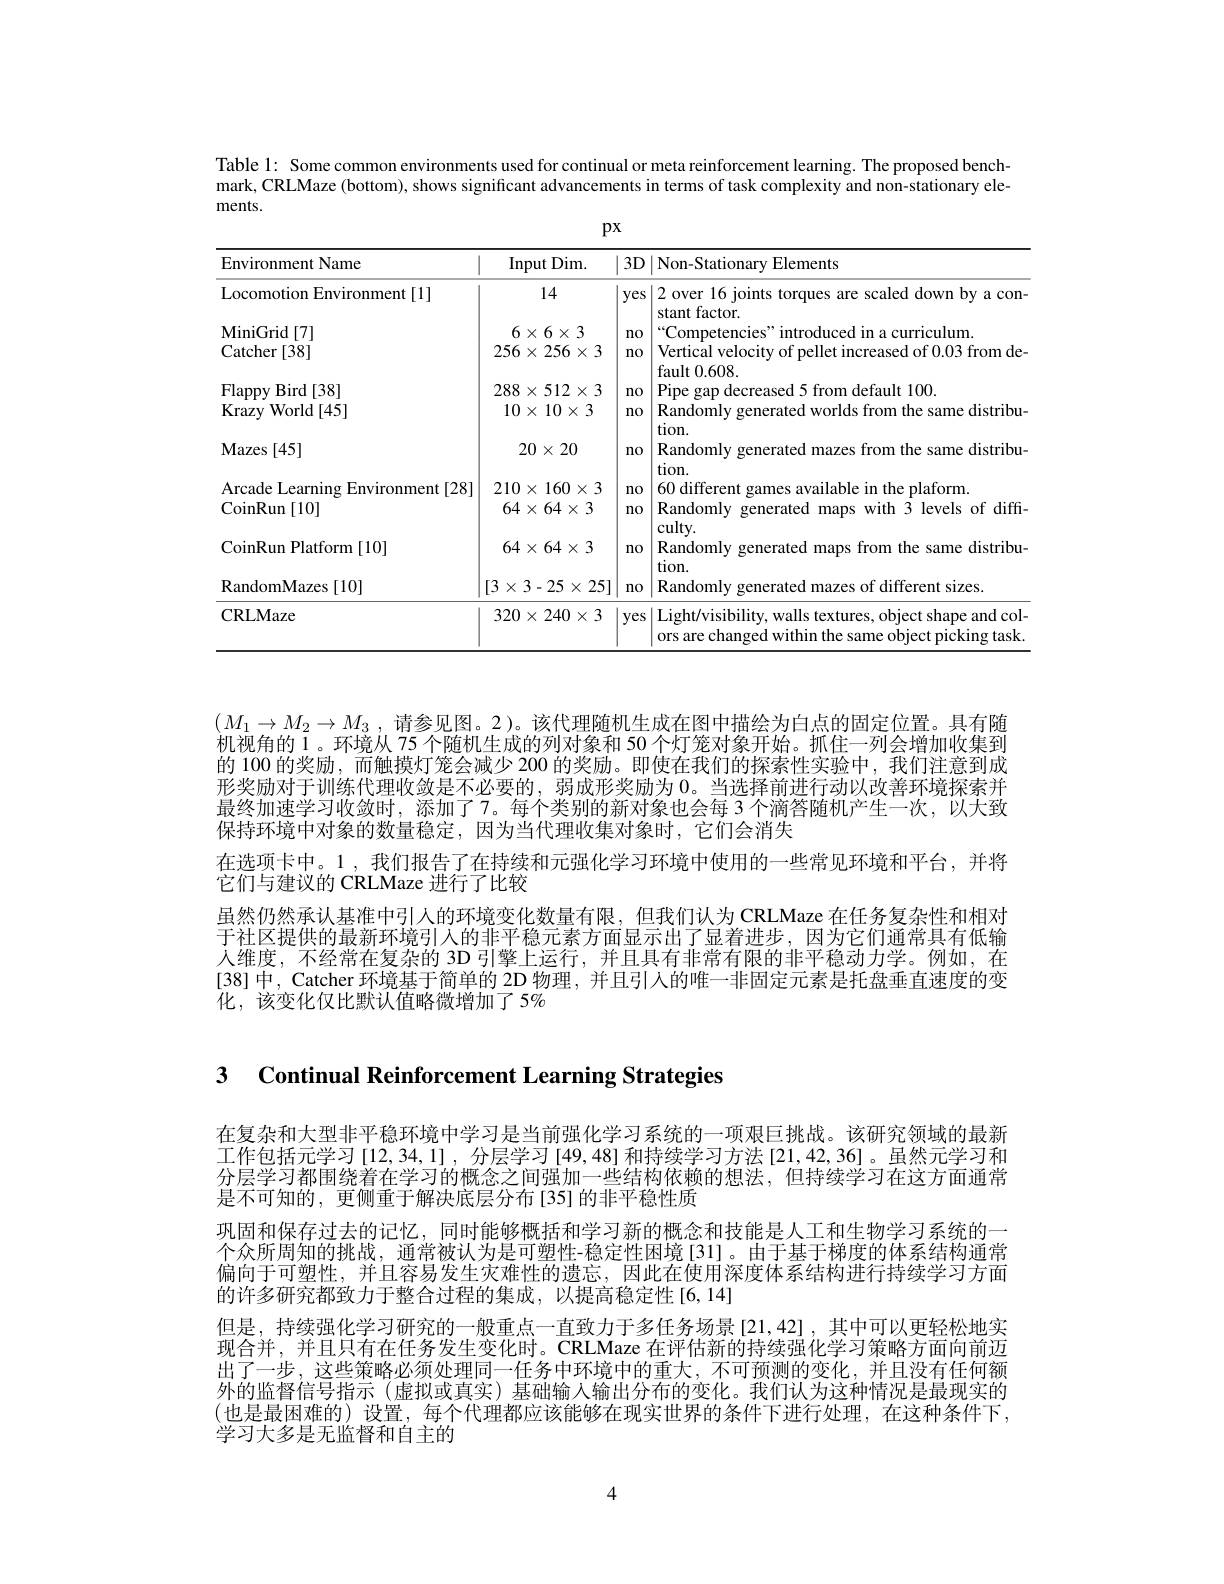
Table 1: Some common environments used for continual or meta reinforcement learning. The proposed benchmark, CRLMaze (bottom), shows significant advancements in terms of task complexity and non-stationary elements.

$px$

<table>
	<tbody>
		<tr>
			<th>Environment Name</th>
			<th>$\operatorname{Input}$Dim.</th>
			<th>$3D$ 1</th>
			<th>|Non-Stationary Elements</th>
		</tr>
		<tr>
			<td>Locomotion Environment[1]</td>
			<td>14</td>
			<td>1 yes</td>
			<td>2 over 16 joints torques are scaled down by a con</td>
		</tr>
		<tr>
			<td>MiniGrid[7]</td>
			<td>$6\times6\times3$</td>
			<td>$n0$</td>
			<td>$“$Competencies" introduced in a curriculum</td>
		</tr>
		<tr>
			<td>$\operatorname{Catcher}[38]$</td>
			<td>$256\times256\times3$</td>
			<td>$n0$</td>
			<td>Vertical velocity of pellet increased of 0.03 from de</td>
		</tr>
		<tr>
			<td>Flappy Bird[38]</td>
			<td>$288\times512\times3$</td>
			<td>$n0$</td>
			<td>Pipe gap decreased d5 from default 100.</td>
		</tr>
		<tr>
			<td>Krazy World [ 45] </td>
			<td>$10\times10\times3$</td>
			<td>$n0$</td>
			<td>Randomly generated worlds from the same distribu</td>
		</tr>
		<tr>
			<td>Mazes [ 45] </td>
			<td>$20\times20$</td>
			<td>$n0$</td>
			<td>Randomly generated mazes from the same distribu</td>
		</tr>
		<tr>
			<td>Arcade Learning Environment[28] $\operatorname{CoinRun}[10]$</td>
			<td>$210\times160\times3$ $64\times64\times3$</td>
			<td>$n0$ $n0$</td>
			<td>60 different games available in the plaform. Randomly generated maps with 3 levels of diffi</td>
		</tr>
		<tr>
			<td>CoinRun Platform [ 10] </td>
			<td>$64\times64\times3$</td>
			<td>$n0$</td>
			<td>Randomly generated maps from the same distribu tion</td>
		</tr>
		<tr>
			<td>${\mathrm{RandomMazes~[10]}}$</td>
			<td>$[3\times3-25\times25]$</td>
			<td>$n0$</td>
			<td>Randomly generated mazes of different sizes</td>
		</tr>
		<tr>
			<td>CRLMaze</td>
			<td>$320\times240\times3$</td>
			<td>yes</td>
			<td>Light/visibility, walls textures, object shape and col- ors are changed within the same object picking task</td>
		</tr>
	</tbody>
</table>

$(M_1\to M_2\to M_3$,请参见图。2)。该代理随机生成在图中描绘为白点的固定位置。具有随机视角的 1。环境从 75 个随机生成的列对象和 50 个灯笼对象开始。抓住一列会增加收集到的 100 的奖励，而触摸灯笼会减少 200 的奖励。即使在我们的探索性实验中，我们注意到成形奖励对于训练代理收敛是不必要的，弱成形奖励为0。当选择前进行动以改善环境探索并最终加速学习收敛时，添加了7。每个类别的新对象也会每 3 个滴答随机产生一次，以大致保持环境中对象的数量稳定，因为当代理收集对象时，它们会消失
在选项卡中。1 , 我们报告了在持续和元强化学习环境中使用的一些常见环境和平台，并将
它们与建议的 CRLMaze 进行了比较
虽然仍然承认基准中引人的环境变化数量有限，但我们认为 CRLMaze 在任务复杂性和相对于社区提供的最新环境引人的非平稳元素方面显示出了显着进步，因为它们通常具有低输人维度，不经常在复杂的 3D 引擎上运行，并且具有非常有限的非平稳动力学。例如，在[38] 中，Catcher 环境基于简单的 2D 物理，并且引入的唯一非固定元素是托盘垂直速度的变化，该变化仅比默认值略微增加了5%

3 Continual Reinforcement Learning Strategies

在复杂和大型非平稳环境中学习是当前强化学习系统的一项艰巨挑战。该研究领域的最新工作包括元学习[12,34,1],分层学习[49,48]和持续学习方法[21,42,36]。虽然元学习和分层学习都围绕着在学习的概念之间强加一些结构依赖的想法，但持续学习在这方面通常是不可知的，更侧重于解决底层分布[35]的非平稳性质
巩固和保存过去的记忆，同时能够概括和学习新的概念和技能是人工和生物学习系统的一个众所周知的挑战，通常被认为是可塑性-稳定性困境[31]。由于基于梯度的体系结构通常偏向于可塑性，并且容易发生灾难性的遗忘，因此在使用深度体系结构进行持续学习方面的许多研究都致力于整合过程的集成，以提高稳定性[6,14]
但是，持续强化学习研究的一般重点一直致力于多任务场景[21,42],其中可以更轻松地实现合并，并且只有在任务发生变化时。CRLMaze 在评估新的持续强化学习策略方面向前迈出了一步，这些策略必须处理同一任务中环境中的重大，不可预测的变化，并且没有任何额外的监督信号指示(虚拟或真实)基础输入输出分布的变化。我们认为这种情况是最现实的(也是最困难的)设置，每个代理都应该能够在现实世界的条件下进行处理，在这种条件下， 学习大多是无监督和自主的

4